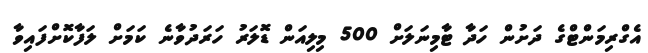
އެގްރިމަންޓްގެ ދަށުން ހަދާ ޓާމިނަލަށް 500 މިލިއަން ޑޮލަރު ހަރަދުވާނެ ކަމަށް ލަފާކޮށްފައިވާ